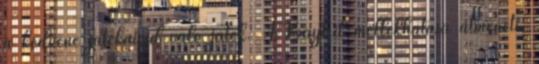
a kedvenc játékaival való játék. A Baytril mellékhatása átmeneti,